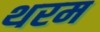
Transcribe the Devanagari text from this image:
थरम